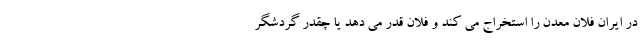
در ایران فلان معدن را استخراج می کند و فلان قدر می دهد یا چقدر گردشگر